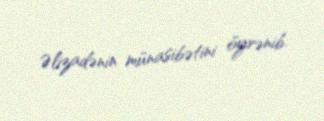
Əlizadənin münasibətini öyrənib.